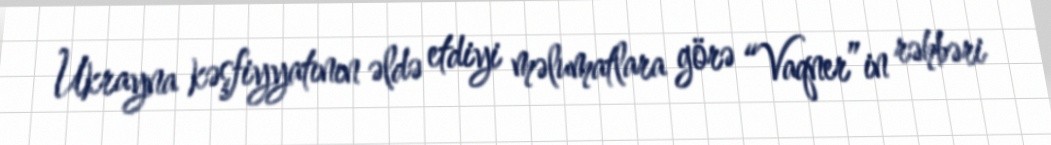
Ukrayna kəşfiyyatının əldə etdiyi məlumatlara görə “Vaqner”in rəhbəri